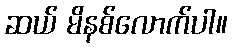
ဆယ် မိနစ်လောက်ပါ။